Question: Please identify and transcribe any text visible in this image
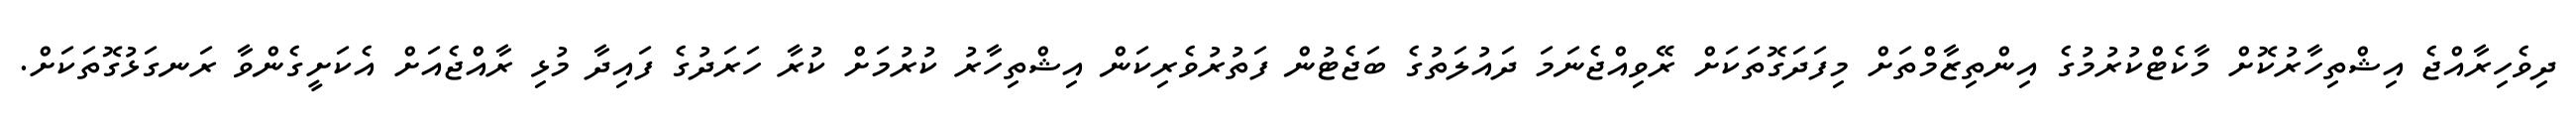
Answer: ދިވެހިރާއްޖެ އިޝްތިހާރުކޮށް މާކެޓްކުރުމުގެ އިންތިޒާމްތަށް މިފަދަގޮތަކަށް ރޭވިއްޖެނަމަ ދައުލަތުގެ ބަޖެޓުން ފަތުރުވެރިކަން އިޝްތިހާރު ކުރުމަށް ކުރާ ހަރަދުގެ ފައިދާ މުޅި ރާއްޖެއަށް އެކަށީގެންވާ ރަނގަޅުގޮތަކަށް.